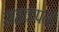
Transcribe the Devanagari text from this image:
सहकंपनी